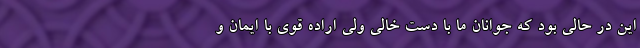
این در حالی بود که جوانان ما با دست خالی ولی اراده قوی با ایمان و